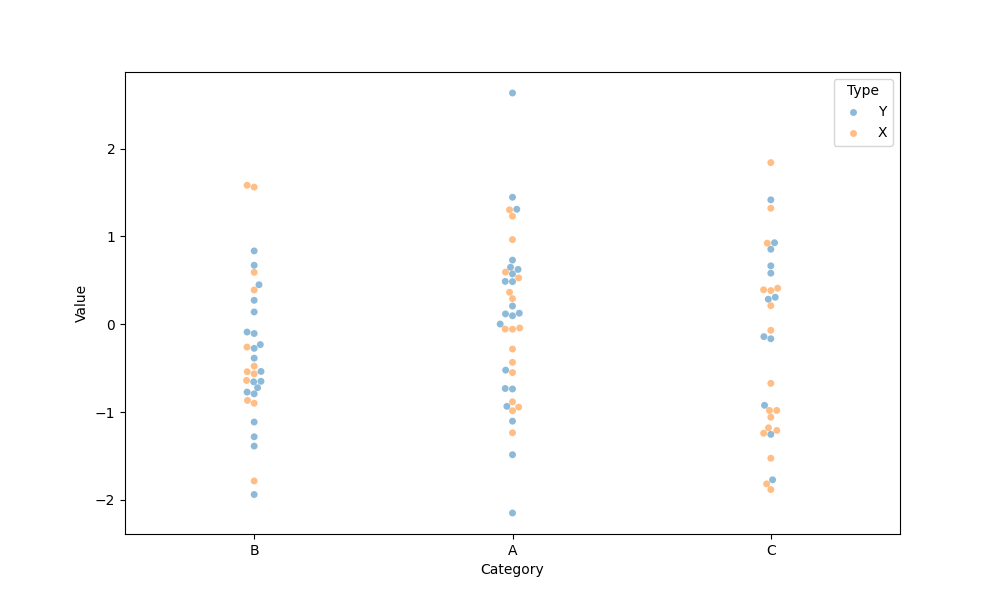
python, seaborn, swarmplot, dodge=False, alpha=0.5, size=5